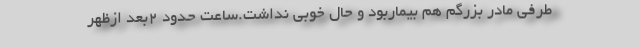
طرفی مادر بزرگم هم بیماربود و حال خوبی نداشت.ساعت حدود 2بعد ازظهر